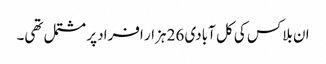
ان بلاکس کی کل آبادی 26 ہزار افراد پر مشتمل تھی۔